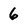
Character: 6